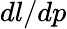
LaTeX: dl/dp